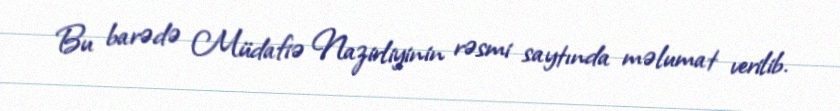
Bu barədə Müdafiə Nazirliyinin rəsmi saytında məlumat verilib.